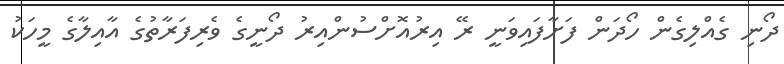
ދޯނި ގެއްލިގެން ހޯދަން ފަށާފައިވަނީ ރޭ އިރުއޮށްސުންއިރު ދޯނީގެ ވެރިފަރާތުގެ އާއިލާގެ މީހަކު